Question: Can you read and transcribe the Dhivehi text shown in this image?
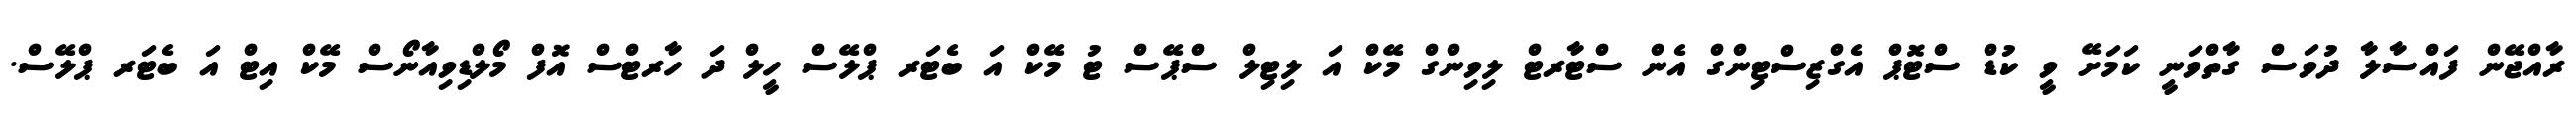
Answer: ރާއްޖޭން ފައްސާލާ ދުވަސް ގާތްވަނީ ކަމަށޭ ވީ ކުޑް ސްޓޮޕް އެގްޒިސްޓިންގް އެން ސްޓާރޓް ލިވިންގް މޭކް އަ ލިޓިލް ސްޕޭސް ޓު މޭކް އަ ބެޓަރ ޕްލޭސް ހީލް ދަ ހާރޓްސް އޮފް މޯލްޑިވިއާނޯސް މޭކް އިޓް އަ ބެޓަރ ޕްލޭސް.